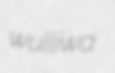
wulliwa